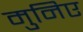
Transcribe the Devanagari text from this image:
मुनिए